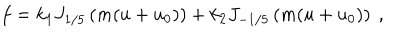
f = k _ { 1 } J _ { 1 / 5 } \left( m ( u + u _ { 0 } ) \right) + k _ { 2 } J _ { - 1 / 5 } \left( m ( u + u _ { 0 } ) \right) ~ ,